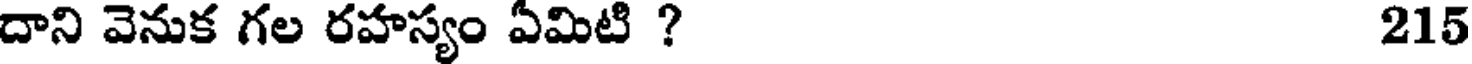
దాని వెనుక గల రహస్యం ఏమిటి ? 215